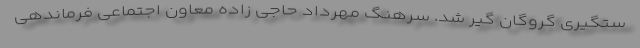
ستگیری گروگان گیر شد. سرهنگ مهرداد حاجی زاده معاون اجتماعی فرماندهی